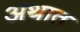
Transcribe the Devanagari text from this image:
अथात